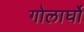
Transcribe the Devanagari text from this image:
गोलार्घो